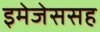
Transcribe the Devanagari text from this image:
इमेजेससह